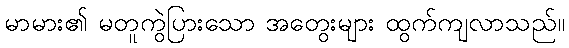
မာမား၏ မတူကွဲပြားသော အတွေးများ ထွက်ကျလာသည်။